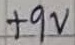
Text: +9V